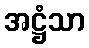
အဋ္ဌံသာ